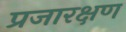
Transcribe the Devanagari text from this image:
प्रजारक्षण